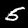
Digit: 5